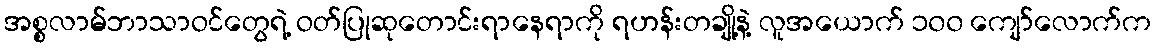
အစ္စလာမ်ဘာသာဝင်တွေရဲ့ ဝတ်ပြုဆုတောင်းရာနေရာကို ရဟန်းတချို့နဲ့ လူအယောက် ၁၀၀ ကျော်လောက်က